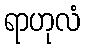
ရာဟုလံ